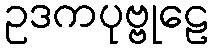
ဥဒကပုဗ္ဗုဠေ